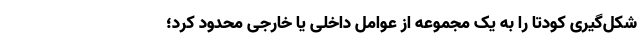
شکل‌گیری کودتا را به یک مجموعه از عوامل داخلی یا خارجی محدود کرد؛